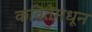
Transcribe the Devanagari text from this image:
कवितेमधून